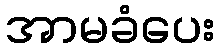
အာမခံပေး